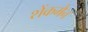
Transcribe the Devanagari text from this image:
शेंकमैन